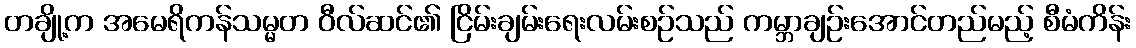
တချို့က အမေရိကန်သမ္မတ ဝီလ်ဆင်၏ ငြိမ်းချမ်းရေးလမ်းစဉ်သည် ကမ္ဘာချဉ်းအောင်တည်မည့် စီမံကိန်း